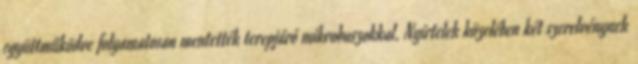
együttműködve folyamatosan mentették terepjáró mikrobuszokkal. Nyírtelek közelében két szerelvénynek